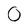
Character: O